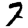
Digit: 7